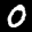
Label: 0